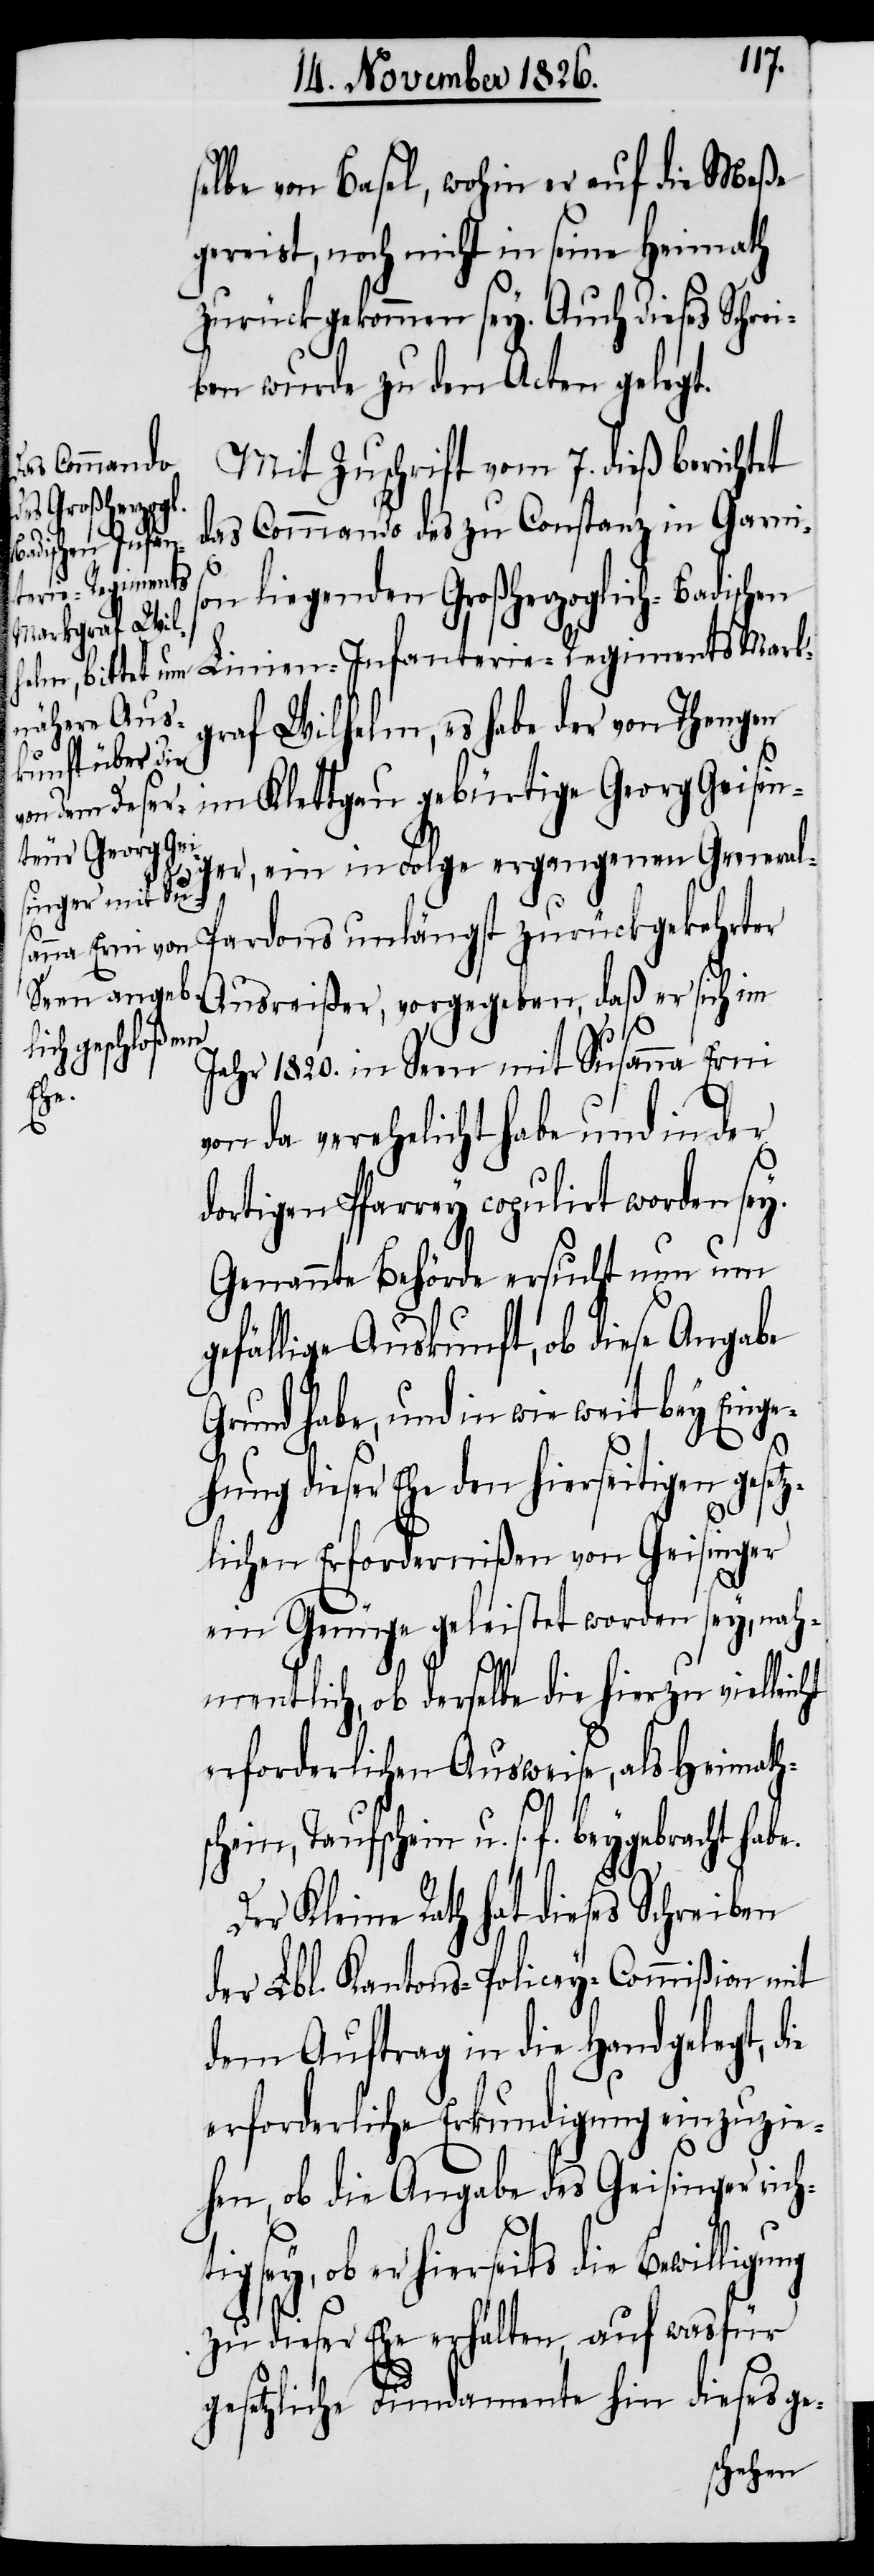
selbe von Basel, wohin er auf die Meße
gereist, noch nicht in seine Heimath
zurückgekommen sey. Auch dieses Schre¬
iben wurde zu den Acten gelegt.
Mit Zuschrift vom 7. dieß berichtet
das Commando des zu Constanz in Garni¬
Linien-Infan¬
terie-Regiments
son liegenden Großherzoglich-Badischen
h¬
graf Wilhelm, es habe der von Thengen
im Klettgau gebürtige Georg Geisin¬
ger, ein in Folge ergangenen General-P¬
ardons unlängst zurückgekehrter
Ausreißer, vorgegeben, daß er sich im
Jahr 1820. in Seen mit Susanna Erni
Tau¬
von da verehelicht habe und in der
dortigen Pfarrey copulirt worden sey.
Genannte Behörde ersucht nun um
gefällige Auskunft, ob diese Angabe
Grund habe, und in wie weit bey Einge¬
hung dieser Ehe den hierseitigen gesetz¬
lichen Erfordernißen von Geisinger
ein Genüge geleistet worden sey, nah¬
mentlich, ob derselbe die hierzu vielleicht
erforderlichen Ausweise, als Heimath¬
chein u. s. f. beygebracht hab¬
ie
Der Kleine Rath hat dieses Schreiben
der Lbl. Kantons-Policey-Commißion mit
dem Auftrag in die Hand gelegt, d¬
erforderliche Erkundigung einzuzie¬
hen, ob die Angabe des Geisinger ric¬
tig sey, ob er hierseits die Bewilligung
zu dieser Ehe erhalten, auf was für
gesetzliche Fundamente hin dieses ge-
schein,